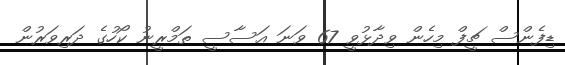
ޑިފެންސް ޗީފް މިހެން ވިދާޅުވީ 67 ވަނަ އަސާސީ ތަމްރީނު ކޯހުގެ ދަރިވަރުން